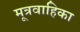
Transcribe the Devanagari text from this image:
मूत्रवाहिका